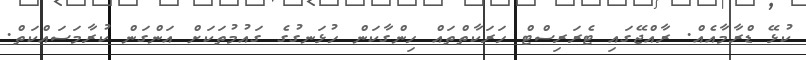
ކުޅޭ ޑްރާމާއެއް. ރާއްޖޭގައި ޓެރަރިސްޓް ހަރަކާތްތައް ހިންގާކަން ހުޅަނގުގެ ގައުމުތަކަށް އަންގަން ކުރާމަސައްކަތް.